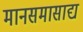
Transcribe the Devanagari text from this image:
मानसमासाद्य